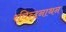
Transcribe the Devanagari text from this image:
रविन्द्रनाथन